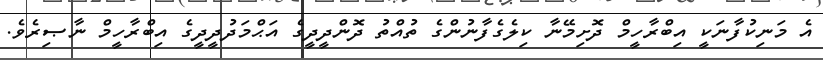
އެ މަނިކުފާނަކީ އިބްރާހީމް ދޮށިމޭނާ ކިލެގެފާނުންގެ ތުއްތު ދޮންދީދީގެ އަޙްމަދުދީދީގެ އިބްރާހީމް ނާޞިރެވެ.